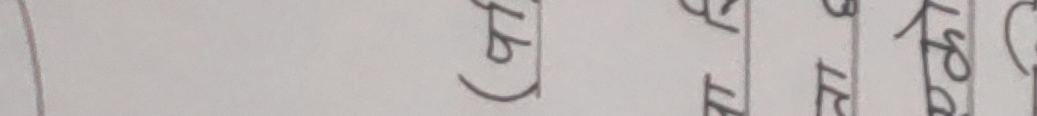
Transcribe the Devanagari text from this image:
लेट (५)